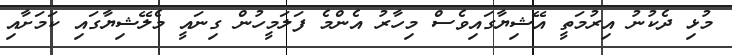
މުޅި ދެކުނު އިރުމަތީ އޭޝިޔާގައިވެސް މިހާރު އެންމެ ފަލަމީހުން ގިނައީ މެލޭޝިޔާގައި ކަމަށާއި